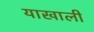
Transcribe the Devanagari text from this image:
याखाली